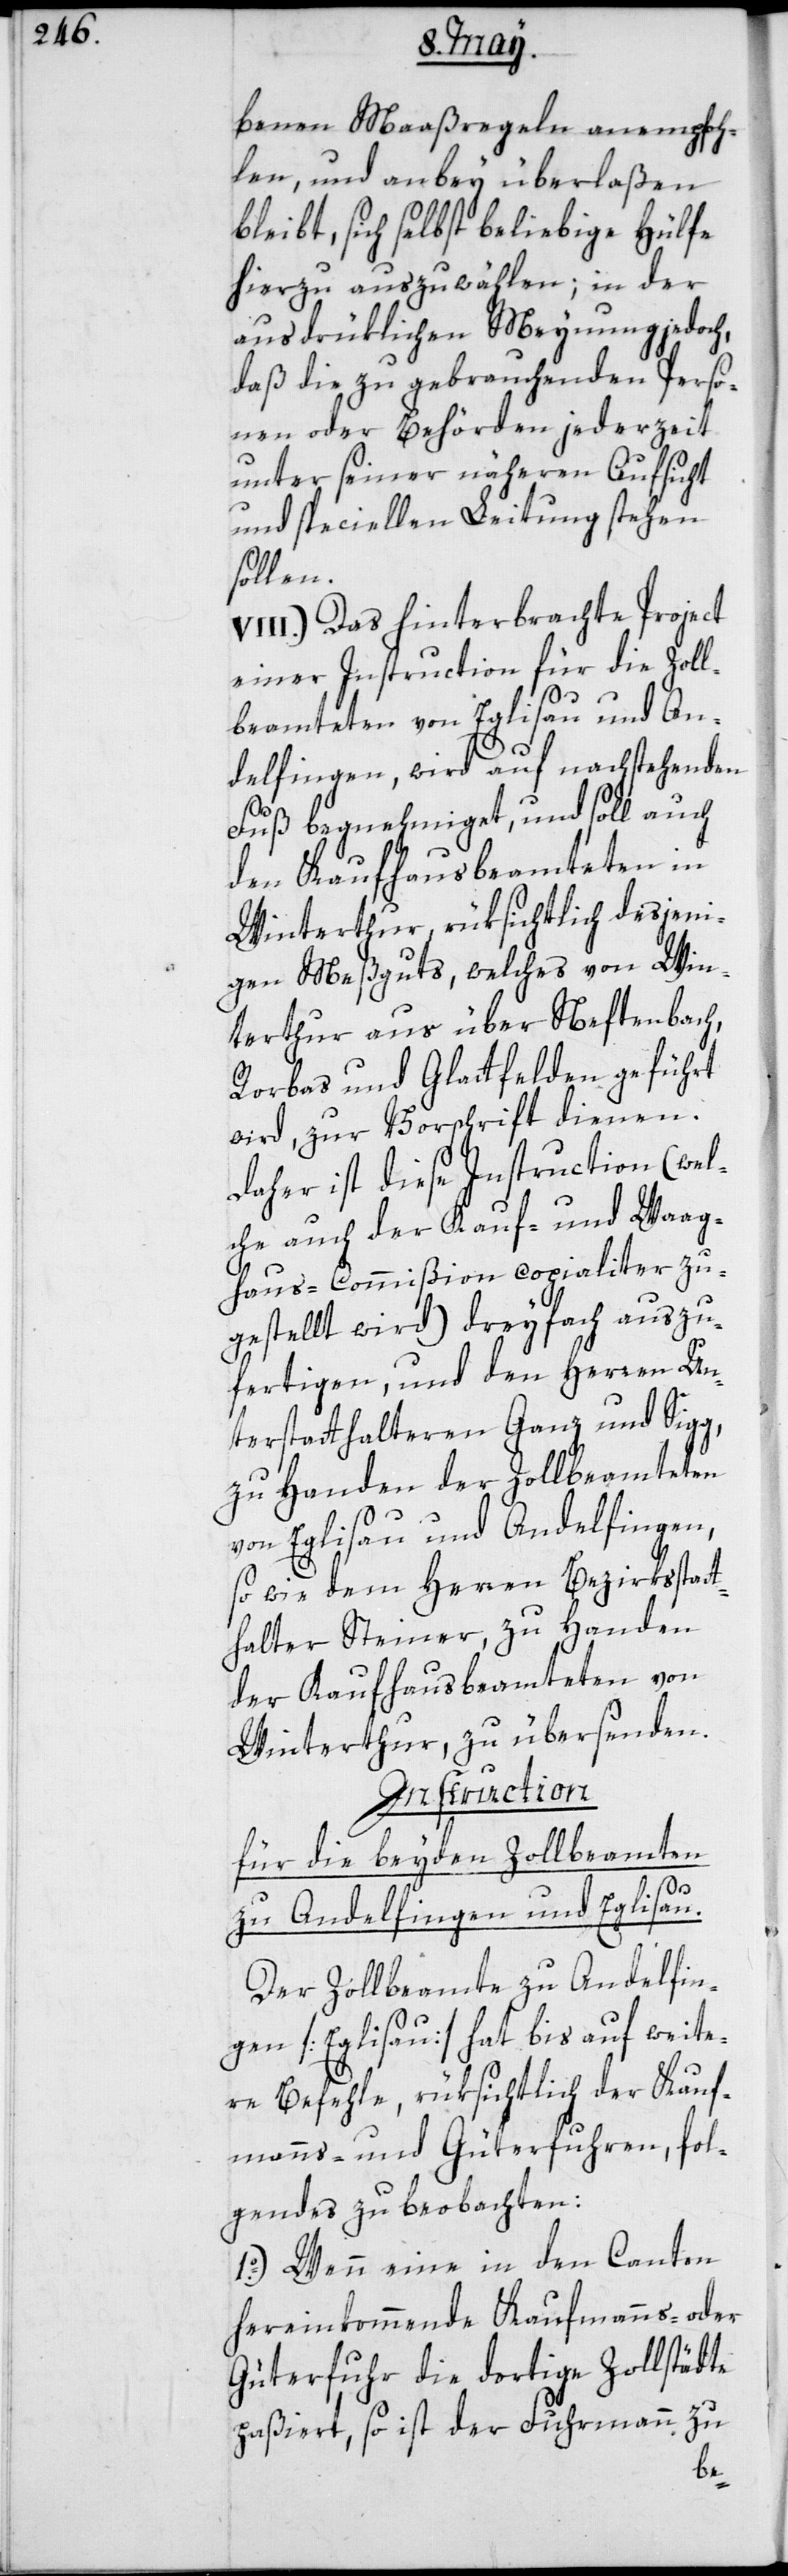
benen Maaßregeln anempfoh¬
len, und anbey überlaßen
bleibt, sich selbst beliebige Hülfe
hierzu auszuwählen; in der
ausdrüklichen Meynung jedoch,
daß die zu gebrauchenden Perso¬
nen oder Behörden jederzeit
unter seiner näheren Aufsicht
und speciellen Leitung stehen
sollen.
VIII.) Das hinterbrachte Project
einer Instruction für die Zoll¬
beamteten von Eglisau und An¬
delfingen, wird auf nachstehenden
Fuß begnehmiget, und soll auch
den Kaufhausbeamteten in
Winterthur, rüksichtlich desjeni¬
gen Meßguts, welches von Win¬
terthur aus über Neftenbach,
Rorbas und Glattfelden geführt
wird, zur Vorschrift dienen.
lche auch der Kauf- und Waag¬
haus-Commißion copialiter zu¬
gestellt wird) dreyfach auszu¬
fertigen, und den Herren Un¬
terstatthalteren Ganz und Sigg,
zu Handen der Zollbeamteten
von Eglisau und Andelfingen,
sowie dem Herren Bezirksstatt¬
halter Steiner, zu Handen
der Kaufhausbeamteten von
Winterthur, zu übersenden.
Instruction
für die beyden Zollbeamten
zu
Andelfingen und Eglisau.
Der Zollbeamte zu Andelfin¬
gen [Eglisau] hat bis auf weite¬
re Befehle, rüksichtlich der Kauf¬
manns- und Güterfuhren, fol¬
gendes zu beobachten:
1o.) Wenn eine in den Canton
hereinkommende Kaufmanns- oder
Güterfuhr die dortige Zollstädte
paßiert, so ist der Fuhrmann zu